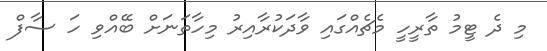
މި ދެ ޓީމު ތާރީހީ މެޗެއްގައި ވާދަކުރާއިރު މިހާތަނަށް ބޭއްވި ހަ ސާފް